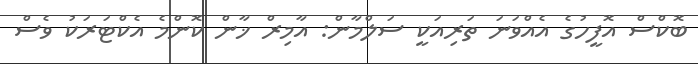
ބޮކްސް އޮފީހުގެ އެއްވަނަ ތަރިއަކީ ސަލްމާން: އާމިރް ޚާން ކޮންމެ އެކްޓަރަކު ވެސް